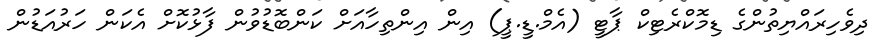
ދިވެހިރައްޔިތުންގެ ޑިމޮކްރެޓިކް ޕާޓީ (އެމް.ޑީ.ޕީ) އިން އިންތިހާއަށް ކަންބޮޑުވުން ފާޅުކޮށް އެކަން ހަރުއަޑުން